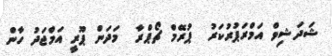
ޝަދަޝިވް އަމްރަޕުރުކަރު  ޕުރޭމް ޗޯޕްރާ  މަދަން ޕޫރީ އަމްޖަދު ހާން